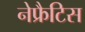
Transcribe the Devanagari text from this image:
नेफ्रैटिस